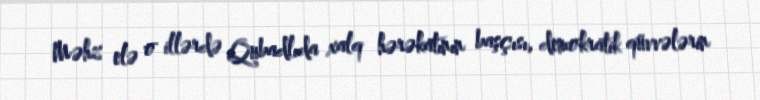
Məhz elə o illərdə Qubadlıda xalq hərəkatının başçısı, demokratik qüvvələrin